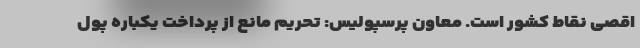
اقصی نقاط کشور است. معاون پرسپولیس: تحریم مانع از پرداخت یکباره پول